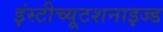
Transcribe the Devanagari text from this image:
इंस्टीच्यूटशनाइज्ड